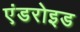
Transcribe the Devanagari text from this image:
एंडरोइड